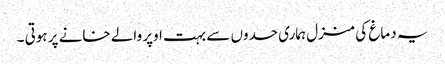
یہ دماغ کی منزل ہماری حدوں سے بہت اوپر والے خانے پر ہوتی ۔